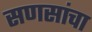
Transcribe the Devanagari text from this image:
सणसांचा